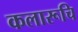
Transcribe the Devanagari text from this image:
कलारूचि